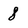
Character: 8